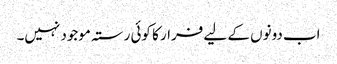
اب دونوں کے لیے فرار کا کوئی رستہ موجود نہیں۔